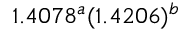
1 . 4 0 7 8 ^ { a } ( 1 . 4 2 0 6 ) ^ { b }